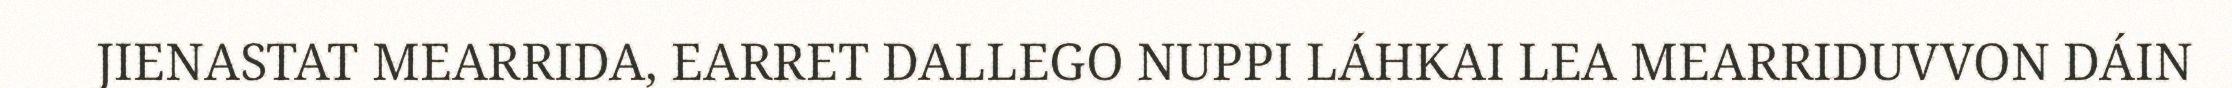
JIENASTAT MEARRIDA, EARRET DALLEGO NUPPI LÁHKAI LEA MEARRIDUVVON DÁIN